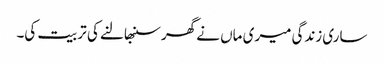
ساری زندگی میری ماں نے گھر سنبھالنے کی تربیت کی۔